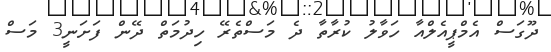
ދޫގަސް އެމްޕީއެލްއާ ހަވާލު ކުރާތާ ދެ މަސްތެރޭ ހިދުމަތް ދޭން ފަށަނީ3 މަސް